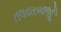
તલવારબાજીની